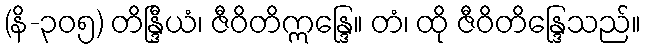
(နိ-၃၀၅) တိန္ဒြီယံ၊ ဇီဝိတိဣန္ဒြေ။ တံ၊ ထို ဇီဝိတိန္ဒြေသည်။